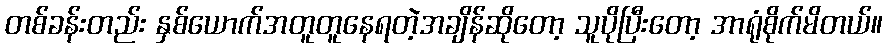
တစ်ခန်းတည်း နှစ်ယောက်အတူတူနေရတဲ့အချိန်ဆိုတော့ သူပိုပြီးတော့ အာရုံစိုက်မိတယ်။